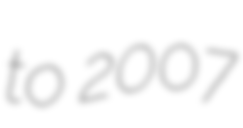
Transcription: to 2007